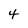
Character: 4